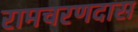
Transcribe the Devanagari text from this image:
रामचरणदास